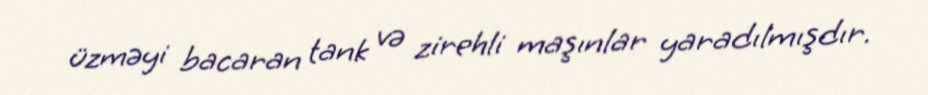
üzməyi bacaran tank və zirehli maşınlar yaradılmışdır.